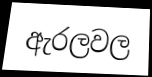
ඇරලවල